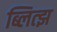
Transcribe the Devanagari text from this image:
ब्लित्झ